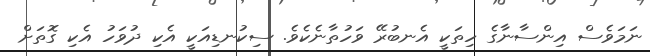
ނަމަވެސް އިންސާނާގެ ހިތަކީ އެނބުރޭ ވަހުތާނެކެވެ. ސިކުނޑިއަކީ އެކި ދުވަހު އެކި ގޮތަށް